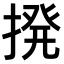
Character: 𫝼